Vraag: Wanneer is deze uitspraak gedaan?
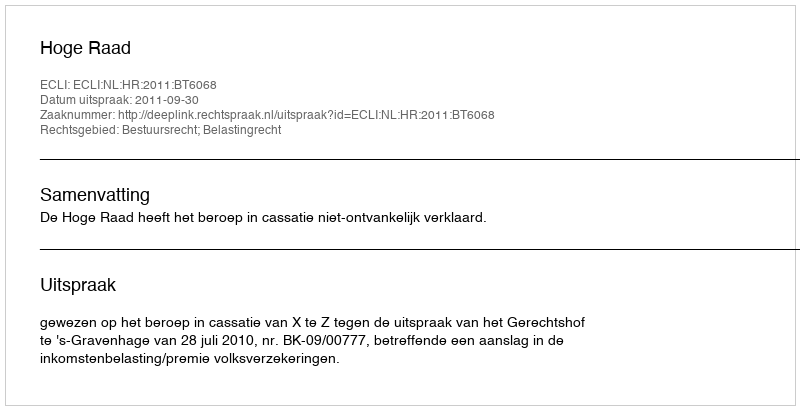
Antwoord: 2011-09-30